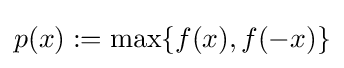
p(x):=\max\{f(x),f(-x)\}